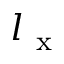
l _ { \mathrm { ~ x ~ } }